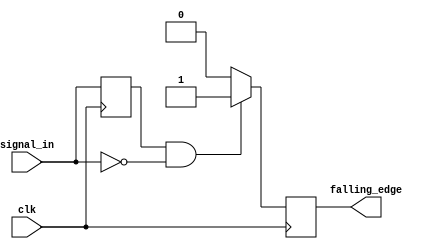
module falling_edge_detector (
    input wire clk,          // Clock signal
    input wire signal_in,    // Input signal to detect falling edge
    output reg falling_edge  // Output pulse for falling edge detection
);

// Internal register to hold the previous state of signal_in
reg prev_signal;

// Always block triggered on the rising edge of the clock
always @(posedge clk) begin
    // Update the previous signal state
    prev_signal <= signal_in;
end

// Always block triggered on the rising edge of the clock to detect falling edge
always @(posedge clk) begin
    // Check for falling edge condition
    if (prev_signal == 1'b1 && signal_in == 1'b0) begin
        falling_edge <= 1'b1;  // Set falling edge pulse high
    end else begin
        falling_edge <= 1'b0;  // Reset falling edge pulse low
    end
end

endmodule